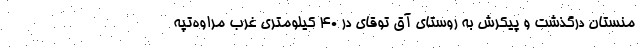
منستان درگذشت و پیکرش به روستای آق توقای در ۴۰ کیلومتری غرب مراوه‌تپه